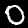
Digit: 0